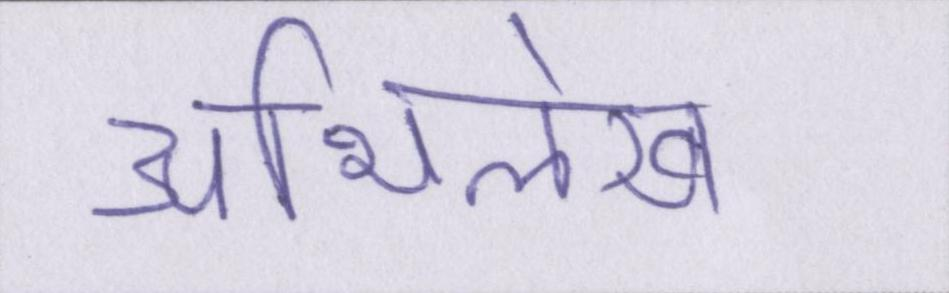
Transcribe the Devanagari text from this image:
अभिलेख